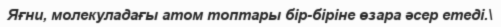
Яғни, молекуладағы атом топтары бір-біріне өзара әсер етеді.\